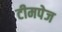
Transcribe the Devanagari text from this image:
टीमपेज